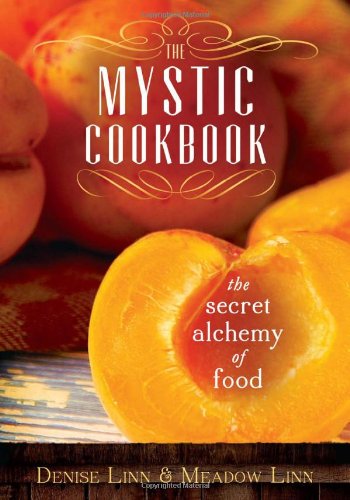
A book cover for The Mystic Cookbook: The Secret Alchemy of Food; Denise Linn; Health, Fitness & Dieting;